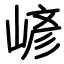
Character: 嵃